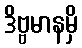
ဒိဗ္ဗမာနမှိ